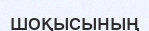
шоқысының